Scientific memoirs by medical officers of the Army of India - Part VI,
Year: 1891
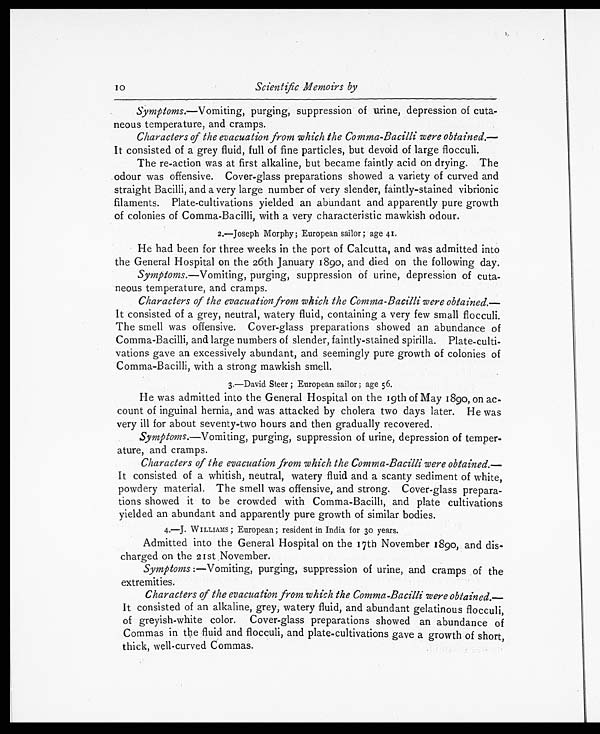
Scientific Memoirs by
Symptoms.—V omiting, purging, suppression of urine, depression of cuta-
neous temperature, and cramps.
Characters of the evacuation from which the Comma-Bacilli were obtained.—
It consisted of a grey fluid, full of fine particles, but devoid of large flocculi.
The re-action was at first alkaline, but became faintly acid on drying. The
odour was offensive. Cover-glass preparations showed a variety of curved and
straight Bacilli, and a very large number of very slender, faintly-stained vibrionic
filaments. Plate-cultivations yielded an abundant and apparently pure growth
of colonies of Comma-Bacilli, with a very characteristic mawkish odour.
2.—Joseph Morphy; European sailor; age 41.
He had been for three weeks in the port of Calcutta, and was admitted into
the General Hospital on the 26th January 189o, and died on the following day.
Symptoms.—Vomiting, purging, suppression of urine, depression of cuta-
neous temperature, and cramps.
Characters of the evacuation from which the Comma-Bacilli were obtained.—
It consisted of a grey, neutral, watery fluid, containing a very few small flocculi.
The smell was offensive. Cover-glass preparations showed an abundance of
Comma-Bacilli, and large numbers of slender, faintly-stained spirilla. Plate-culti-
vations gave an excessively abundant, and seemingly pure growth of colonies of
Comma-Bacilli, with a strong mawkish smell.
3.—David Steer; European sailor; age 56.
He was admitted into the General Hospital on the 19th of May 1890, on ac-
count of inguinal hernia, and was attacked by cholera two days later. He was
very ill for about seventy-two hours and then gradually recovered.
Symptoms.—Vomiting, purging, suppression of urine, depression of temper-
ature, and cramps.
Characters of the evacuation from which the Comma-Bacilli were obtained.—
It consisted of a whitish, neutral, watery fluid and a scanty sediment of white,
powdery material. The smell was offensive, and strong. Cover-glass prepara-
tions showed it to be crowded with Comma-Bacilli, and plate cultivations
yielded an abundant and apparently pure growth of similar bodies.
4. — J. WILLIAMS; European; resi dent i n Indi a for 30 years.
Admitted into the General Hospital on the 17th November 1890, and dis-
charged on the 21st November.
Symptoms :—Vomiting, purging, suppression of urine, and cramps of the
extremities.
Characters of the evacuation from which the Comma-Bacilli were obtained.
—
It consisted of an alkaline, grey, watery fluid, and abundant gelatinous flocculi,
of greyish-white color, Cover-glass preparations showed an abundance of
Commas in the fluid and flocculi, and plate-cultivations gave a growth of short,
thick, well-curved Commas.
10